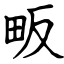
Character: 畈